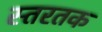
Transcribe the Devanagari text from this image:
स्तरतक